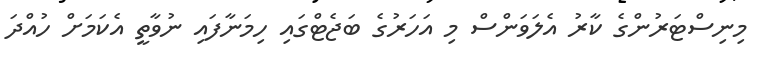
މިނިސްޓަރުންގެ ކާރު އެލަވަންސް މި އަހަރުގެ ބަޖެޓްގައި ހިމަނާފައި ނުވާތީ އެކަމަށް ހުއްދަ